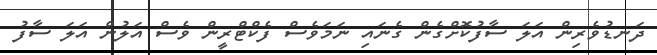
ދަނޑުވެރިން އަލަ ސާފުކޮށްގެން ގެނައި ނަމަވެސް ފެކްޓްރީން ވެސް އަލުން އަލަ ސާފު